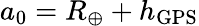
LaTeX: a_{0}=R_{\oplus}+h_{\mathrm{GPS}}